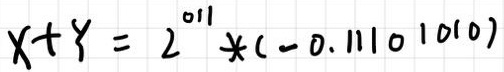
$X + Y = 2^{011}*( - 0.11101010)$